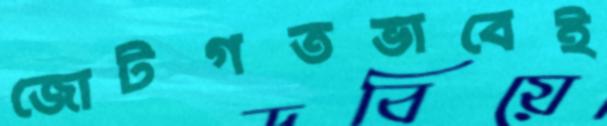
জোটগতভাবেই